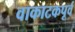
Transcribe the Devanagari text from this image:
वाकाटकपूर्व